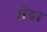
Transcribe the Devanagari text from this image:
सैंडर